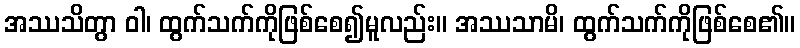
အဿသိတွာ ဝါ၊ ထွက်သက်ကိုဖြစ်စေ၍မူလည်း။ အဿသာမိ၊ ထွက်သက်ကိုဖြစ်စေ၏။